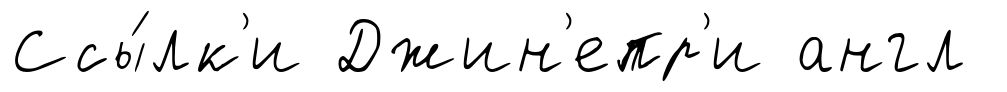
Ссы́лк'и Джин'епр'и англ